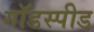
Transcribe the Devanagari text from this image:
गॉडस्पीड